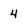
Character: 4